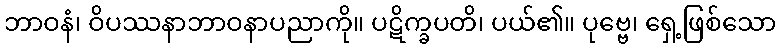
ဘာဝနံ၊ ဝိပဿနာဘာဝနာပညာကို။ ပဋိက္ခပတိ၊ ပယ်၏။ ပုဗ္ဗေ၊ ရှေ့ဖြစ်သော